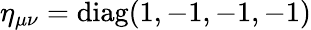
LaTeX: \eta_{\mu\nu}=\operatorname{diag}(1,-1,-1,-1)